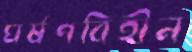
ঘর্ষণবিহীন